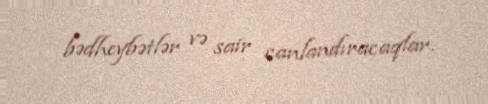
bədheybətlər və sair canlandıracaqlar.